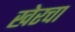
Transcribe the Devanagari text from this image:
खेरचा